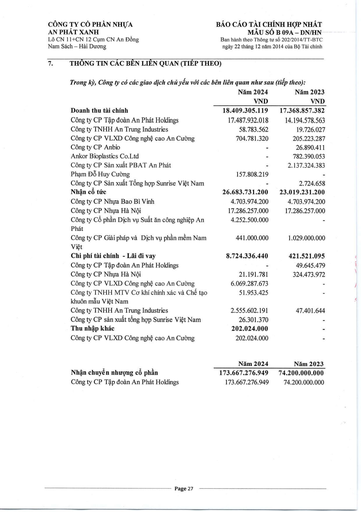
||Năm 2024 VND|Năm 2023 VND| |---|---|---| |Doanh thu tài chính|18.409.305.119|17.368.857.382| |Công ty CP Tập đoàn An Phát Holdings|17.487.932.018|14.194.578.563| |Công ty TNHH An Trung Industries|58.783.562|19.726.027| |Công ty CP VLXD Công nghệ cao An Cường|704.781.320|205.223.287| |Công ty CP Anbio|-|26.890.411| |Ankor Bioplastics Co.Ltd|-|782.390.053| |Công ty CP Sản xuất PBAT An Phát|-|2.137.324.383| |Phạm Đỗ Huy Cường|157.808.219|-| |Công ty CP Sản xuất Tổng hợp Sunrise Việt Nam|-|2.724.658| |Nhận cổ tức|26.683.731.200|23.019.231.200| |Công ty CP Nhựa Bao Bì Vinh|4.703.974.200|4.703.974.200| |Công ty CP Nhựa Hà Nội|17.286.257.000|17.286.257.000| |Công ty Cổ phần Dịch vụ Suất ăn Công nghiệp An Phát|4.252.500.000|| |Công ty CP Giải pháp và Dịch vụ Phần mềm Nam Việt|441.000.000|1.029.000.000| |Chi phí tài chính - Lãi đi vay|8.724.336.440|421.521.095| |Công ty CP Tập đoàn An Phát Holdings|-|49.645.479| |Công ty CP Nhựa Hà Nội|21.191.781|324.473.972| |Công ty CP VLXD Công nghệ cao An Cường|6.069.287.673|| |Công ty TNHH MTV Cơ khí Chính xác và Chế tạo Khuôn mẫu Việt Nam|51.953.425|| |Công ty TNHH An Trung Industries|2.555.602.191|47.401.644| |Công ty CP Sản xuất Tổng hợp Sunrise Việt Nam|26.301.370|-| |Thu nhập khác|202.024.000|-| |Công ty CP VLXD Công nghệ cao An Cường|202.024.000|-| ||Năm 2024|Năm 2023| |---|---|---| |Nhận chuyển nhượng cổ phần|173.667.276.949|74.200.000.000| |Công ty CP Tập đoàn An Phát Holdings|173.667.276.949|74.200.000.000|